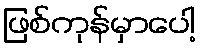
ဖြစ်ကုန်မှာပေါ့